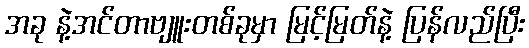
အခု နဲ့အင်တာဗျူးတစ်ခုမှာ မြင့်မြတ်နဲ့ ပြန်လည်ပြီး